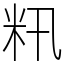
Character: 籸